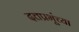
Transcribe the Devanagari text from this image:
दत्तप्रभूंच्या